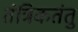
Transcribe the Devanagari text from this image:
तंत्रिकतंतु